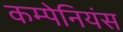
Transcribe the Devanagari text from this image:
कम्पेनियंस